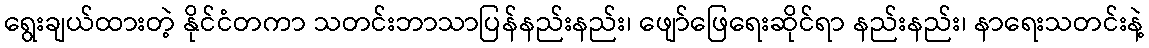
ရွေးချယ်ထားတဲ့ နိုင်ငံတကာ သတင်းဘာသာပြန်နည်းနည်း၊ ဖျော်ဖြေရေးဆိုင်ရာ နည်းနည်း၊ နာရေးသတင်းနဲ့